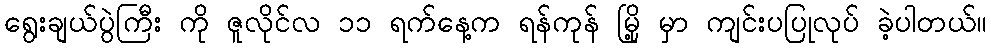
ရွေးချယ်ပွဲကြီး ကို ဇူလိုင်လ ၁၁ ရက်နေ့က ရန်ကုန် မြို့ မှာ ကျင်းပပြုလုပ် ခဲ့ပါတယ်။